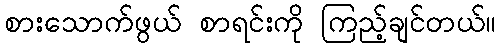
စားသောက်ဖွယ် စာရင်းကို ကြည့်ချင်တယ်။